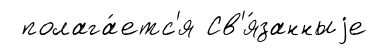
полага́етс'я Св'я́занныjе